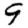
Digit: 9